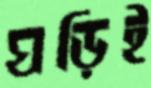
ঘড়িই